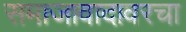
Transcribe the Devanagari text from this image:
समाजावादावरचा